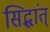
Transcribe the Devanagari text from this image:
सिद्धांत्‌